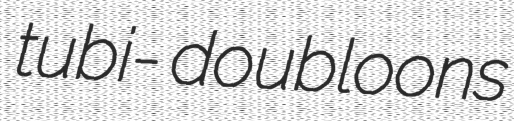
tubi- doubloons